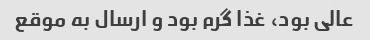
عالی بود، غذا گرم بود و ارسال به موقع